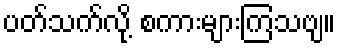
ပတ်သက်လို့ စကားများကြသဗျ။